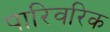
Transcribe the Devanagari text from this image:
पारिवरिक